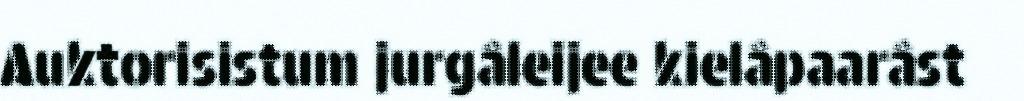
Auktorisistum jurgâleijee kielâpaarâst